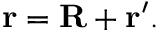
\mathbf { r } = \mathbf { R } + \mathbf { r } ^ { \prime } .